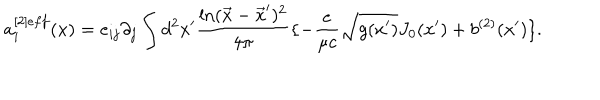
a _ { i } ^ { [ 2 ] e f f } ( x ) = e _ { i j } \partial _ { j } \int d ^ { 2 } x ^ { \prime } { \frac { \ln ( \vec { x } - \vec { x } ^ { \prime } ) ^ { 2 } } { 4 \pi } } \{ - { \frac { e } { \mu c } } \sqrt { g ( x ^ { \prime } ) } J _ { 0 } ( x ^ { \prime } ) + b ^ { ( 2 ) } ( x ^ { \prime } ) \} .